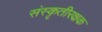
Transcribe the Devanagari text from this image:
संस्कृतीरक्षक